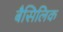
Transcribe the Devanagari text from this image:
बैसिलिक